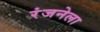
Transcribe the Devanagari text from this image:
रंजनेला